Annual statistical returns and brief notes on vaccination in Bengal - 1909-1929
Year: 1909
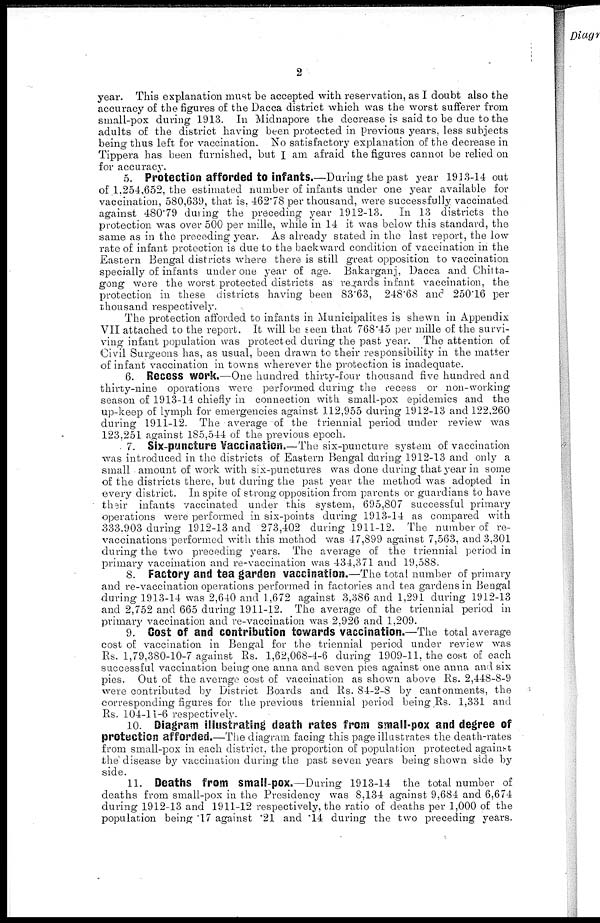
2
year. This explanation must be accepted with reservation, as I doubt also the
accuracy of the figures of the Dacca district which was the worst sufferer from
small-pox during 1913. In Midnapore the decrease is said to be due to the
adults of the district having been protected in previous years, less subjects
being thus left for vaccination. No satisfactory explanation of the decrease in
Tippera has been furnished, but I am afraid the figures cannot be relied on
for accuracy.
5. Protection afforded to infants.—During the past year 1913-14 out
of 1.254,652, the estimated number of infants under one year available for
vaccination, 580,639, that is, 462.78 per thousand, were successfully vaccinated
against 480'79 during the preceding year 1912-13. In 13 districts the
protection was over 500 per mille, while in 14 it was below this standard, the
same as in the preceding year. As already stated in the last report, the low
rate of infant protection is due to the backward condition of vaccination in the
Eastern Bengal districts where there is still great opposition to vaccination
specially of infants under one year of age. Bakarganj, Dacca and Chitta-
gong were the worst protected districts as regards infant vaccination, the
protection in these districts having been 83.63, 248.68 ans 250.16 per
thousand respectively.
The protection afforded to infants in Municipalites is shewn in Appendix
VII attached to the report. It will be seen that 768.45 per mille of the survi-
ving infant population was protected during the past year. The attention of
Civil Surgeons has, as usual, been drawn to their responsibility in the matter
of infant vaccination in towns wherever the protection is inadequate.
6. Recess work.—One hundred thirty-four thousand five hundred and
thirty-nine operations were performed during the recess or non-working
season of 1913-14 chiefly in connection with small-pox epidemics and the
up-keep of lymph for emergencies against 112,955 during 1912-13 and 122,260
during 1911-12. The average of the triennial period under review was
123,251 against 185,544 of the previous epoch.
. 7. Six-puncture Vaccination.—The six-puncture system of vaccination
was introduced in the districts of Eastern Bengal during 1912-13 and only a
small amount of work with six-punctures was done during that year in some
of the districts there, but during the past year the method was adopted in
every district. In spite of strong opposition from parents or guardians to have
their infants vaccinated under this system, 695,807 successful primary
operations were performed in six-points during 1913-14 as compared with
333.903 during 1912-13 and 273,402 during 1911-12. The number of re-
vaccinations performed with this method was 47,899 against 7,563, and 3,301
during the two preceding years. The average of the triennial period in
primary vaccination and re-vaccination was 434,371 and 19,588.
8. Factory and tea garden vaccination.—The total number of primary
and re-vaccination operations performed in factories and tea gardens in Bengal
during 1913-14 was 2,640 and 1,672 against 3,386 and 1,291 during 1912-13
and 2,752 and 665 during 1911-12. The average of the triennial period in
primary vaccination and re-vaccination was 2,926 and 1,209.
9. Cost of and contribution towards vaccination.—The total average
cost of vaccination in Bengal for the triennial period under review was
Rs. 1,79,380-10-7 against Rs. 1,62,068-4-6 during 1909-11, the cost of each
successful vaccination being one anna and seven pies against one anna and six
pies. Out of the average cost of vaccination as shown above Rs. 2,448-8-9
were contributed by District Boards and Rs. 84-2-8 by cantonments, the
corresponding figures for the previous triennial period being Rs. 1,331 and
Rs. 104-11-6 respectively.
10. Diagram illustrating death rates from small-pox and degree of
protection afforded.—The diagram facing this page illustrates the death-rates
from small-pox in each district, the proportion of population protected against
the disease by vaccination during the past seven years being shown side by
side.
11. Deaths from Small-pox.—During 1913-14 the total number of
deaths from small-pox in the Presidency was 8,134 against 9,684 and 6,674
during 1912-13 and 1911-12 respectively, the ratio of deaths per 1,000 of the
population being .17 against .21 and .14 during the two preceding years.